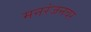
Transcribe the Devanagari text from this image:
मनरंजनवर